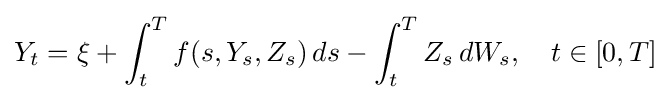
Y_{t}=\xi +\int _{t}^{T}f(s,Y_{s},Z_{s})\,ds-\int _{t}^{T}Z_{s}\,dW_{s},\quad t\in [0,T]